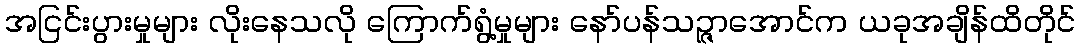
အငြင်းပွားမှုများ လိုးနေသလို ကြောက်ရွံ့မှုများ နော်ပန်သဉ္ဇာအောင်က ယခုအချိန်ထိတိုင်